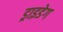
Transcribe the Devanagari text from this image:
ड्राइडेग